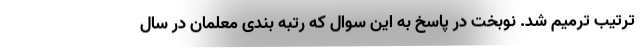
ترتیب ترمیم شد. نوبخت در پاسخ به این سوال که رتبه بندی معلمان در سال